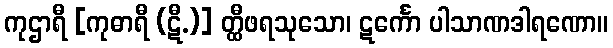
ကုဌာရီ [ကုဓာရီ (ဋီ.)] တ္ထီဖရသုသော၊ ဋင်္ကော ပါသာဏဒါရဏော။